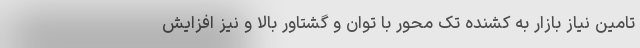
تامین نیاز بازار به کشنده تک محور با توان و گشتاور بالا و نیز افزایش